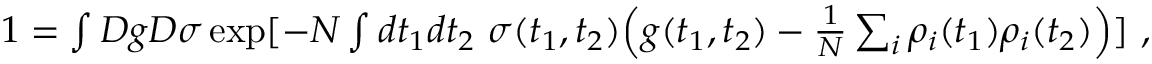
\begin{array} { r } { 1 = \int D g D \sigma \exp [ - N \int d t _ { 1 } d t _ { 2 } \ \sigma ( t _ { 1 } , t _ { 2 } ) \Big ( g ( t _ { 1 } , t _ { 2 } ) - \frac { 1 } { N } \sum _ { i } \rho _ { i } ( t _ { 1 } ) \rho _ { i } ( t _ { 2 } ) \Big ) ] ~ , } \end{array}